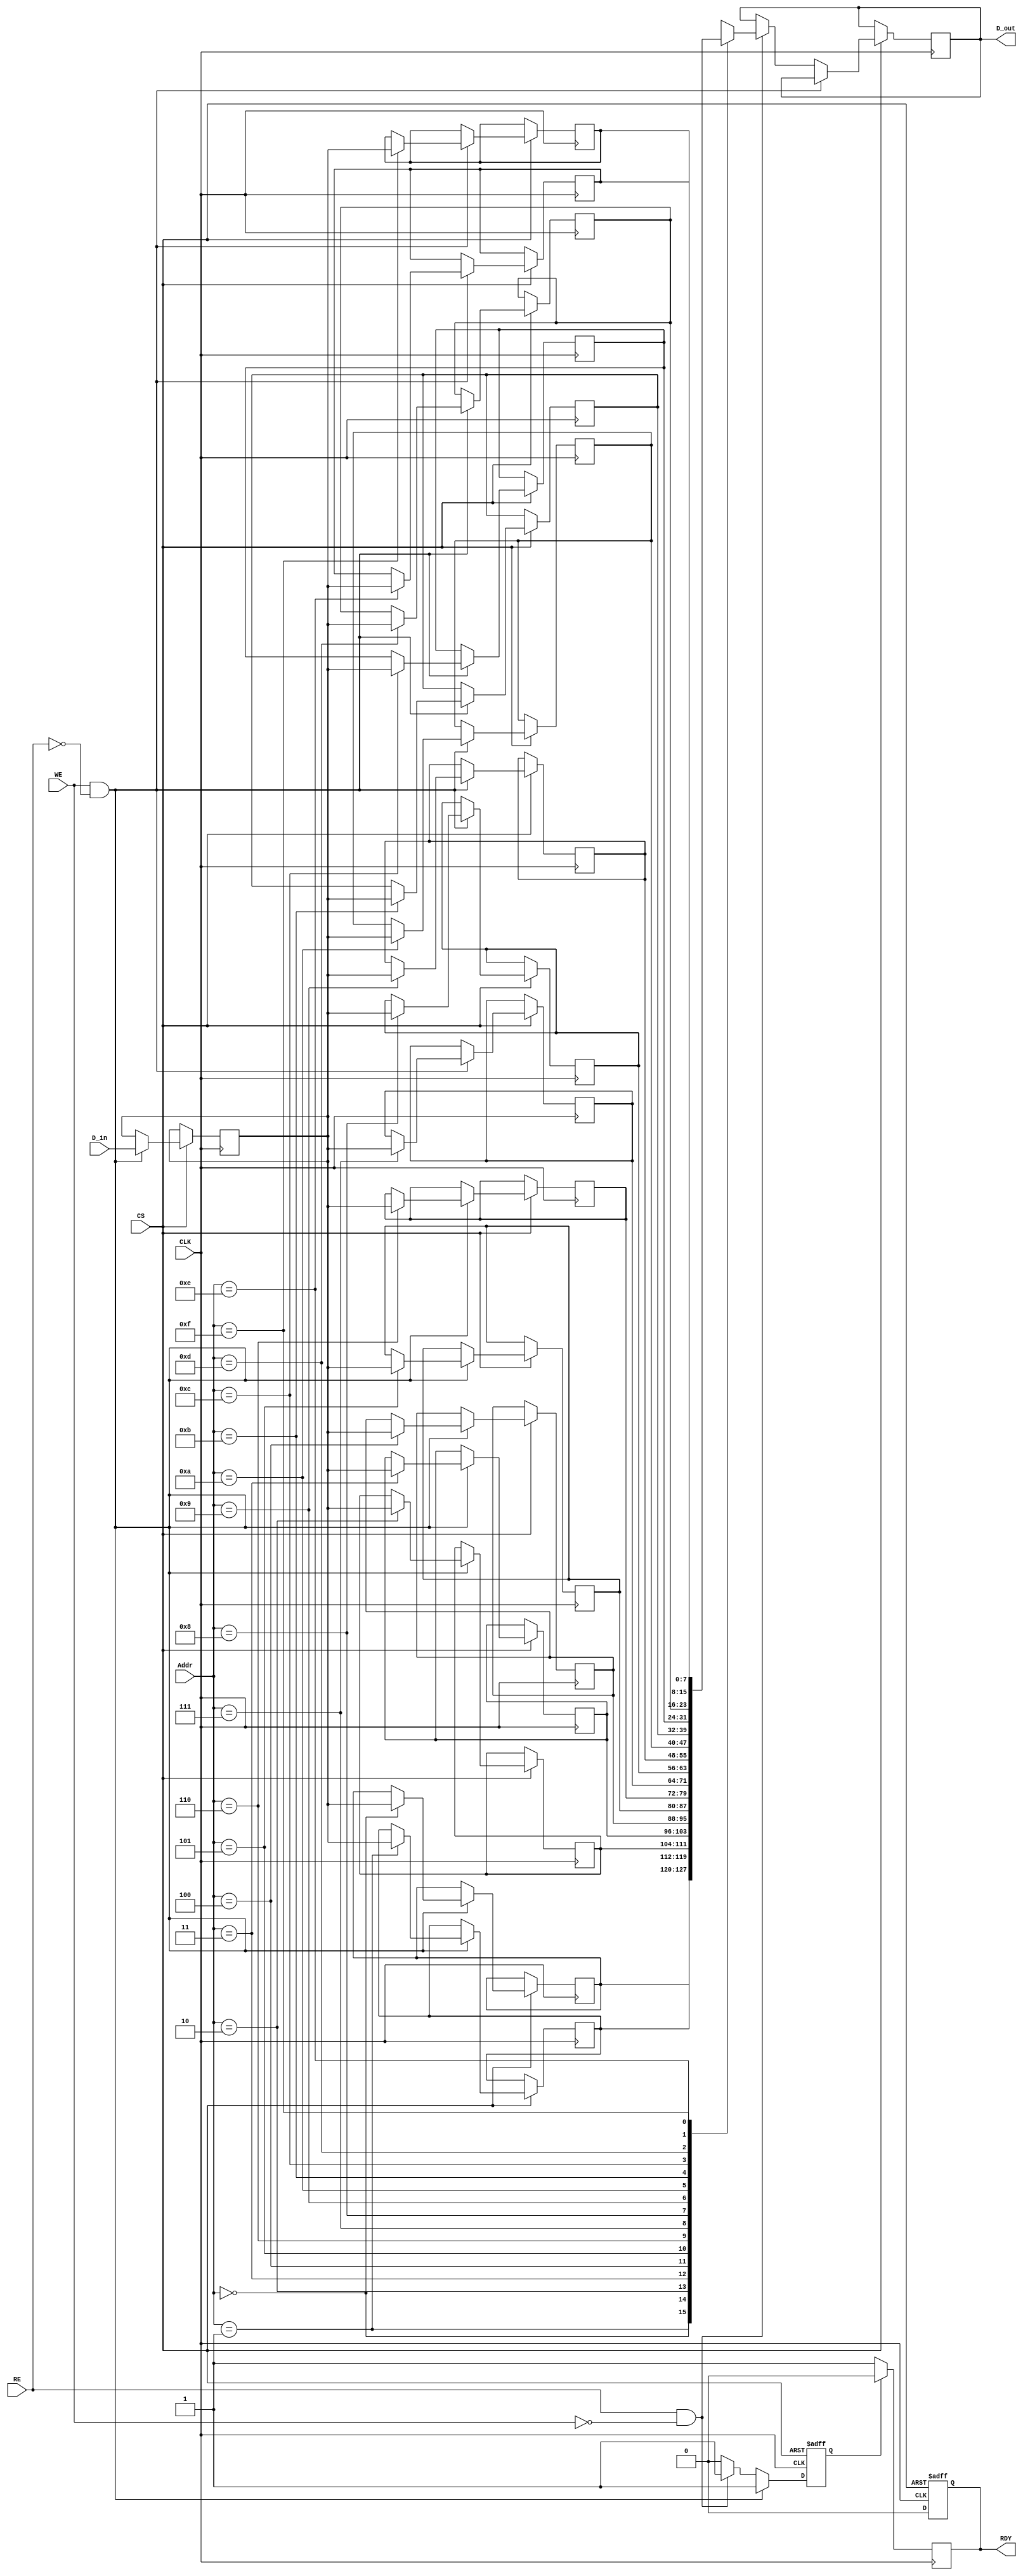
module FeRAM_IO_Block (
    input wire [7:0] D_in,       // Data Input
    input wire [3:0] Addr,       // Address Input
    input wire WE,               // Write Enable
    input wire RE,               // Read Enable
    input wire CS,               // Chip Select
    input wire CLK,              // Clock
    output reg [7:0] D_out,      // Data Output
    output reg RDY               // Ready signal
);

    // Internal registers for data storage
    reg [7:0] memory [15:0];      // Memory array (16 x 8 bits)
    reg [7:0] data_latch;         // Internal data latch for writing
    reg processing;               // Processing flag

    // Timing Control
    always @(posedge CLK or negedge CS) begin
        if (!CS) begin
            RDY <= 1;             // Ready when chip is not selected
            processing <= 0;      // Not processing
        end else begin
            RDY <= 0;             // Not ready when chip is selected
            if (WE && !RE) begin  // Write operation
                data_latch <= D_in; // Latch the data
                memory[Addr] <= data_latch; // Write to memory
                processing <= 1;    // Indicate processing
            end else if (RE && !WE) begin // Read operation
                D_out <= memory[Addr]; // Read from memory
                processing <= 1;     // Indicate processing
            end else begin
                processing <= 0;     // No operation
            end
        end
    end

    // Ready signal management
    always @(posedge CLK) begin
        if (!processing)
            RDY <= 1;                 // Assert RDY if not processing
        else
            RDY <= 0;                 // Deassert RDY while processing
    end

endmodule